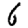
Digit: 6